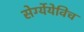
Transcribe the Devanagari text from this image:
सेर्ग्येयेविच